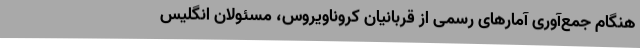
هنگام جمع‌آوری آمارهای رسمی از قربانیان کروناویروس، مسئولان انگلیس